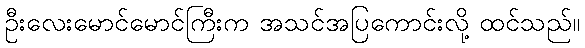
ဦးလေးမောင်မောင်ကြီးက အသင်အပြကောင်းလို့ ထင်သည်။